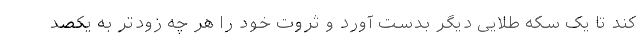
کند تا یک سکه طلایی دیگر بدست آورد و ثروت خود را هر چه زودتر به یکصد